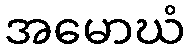
အမောဃံ